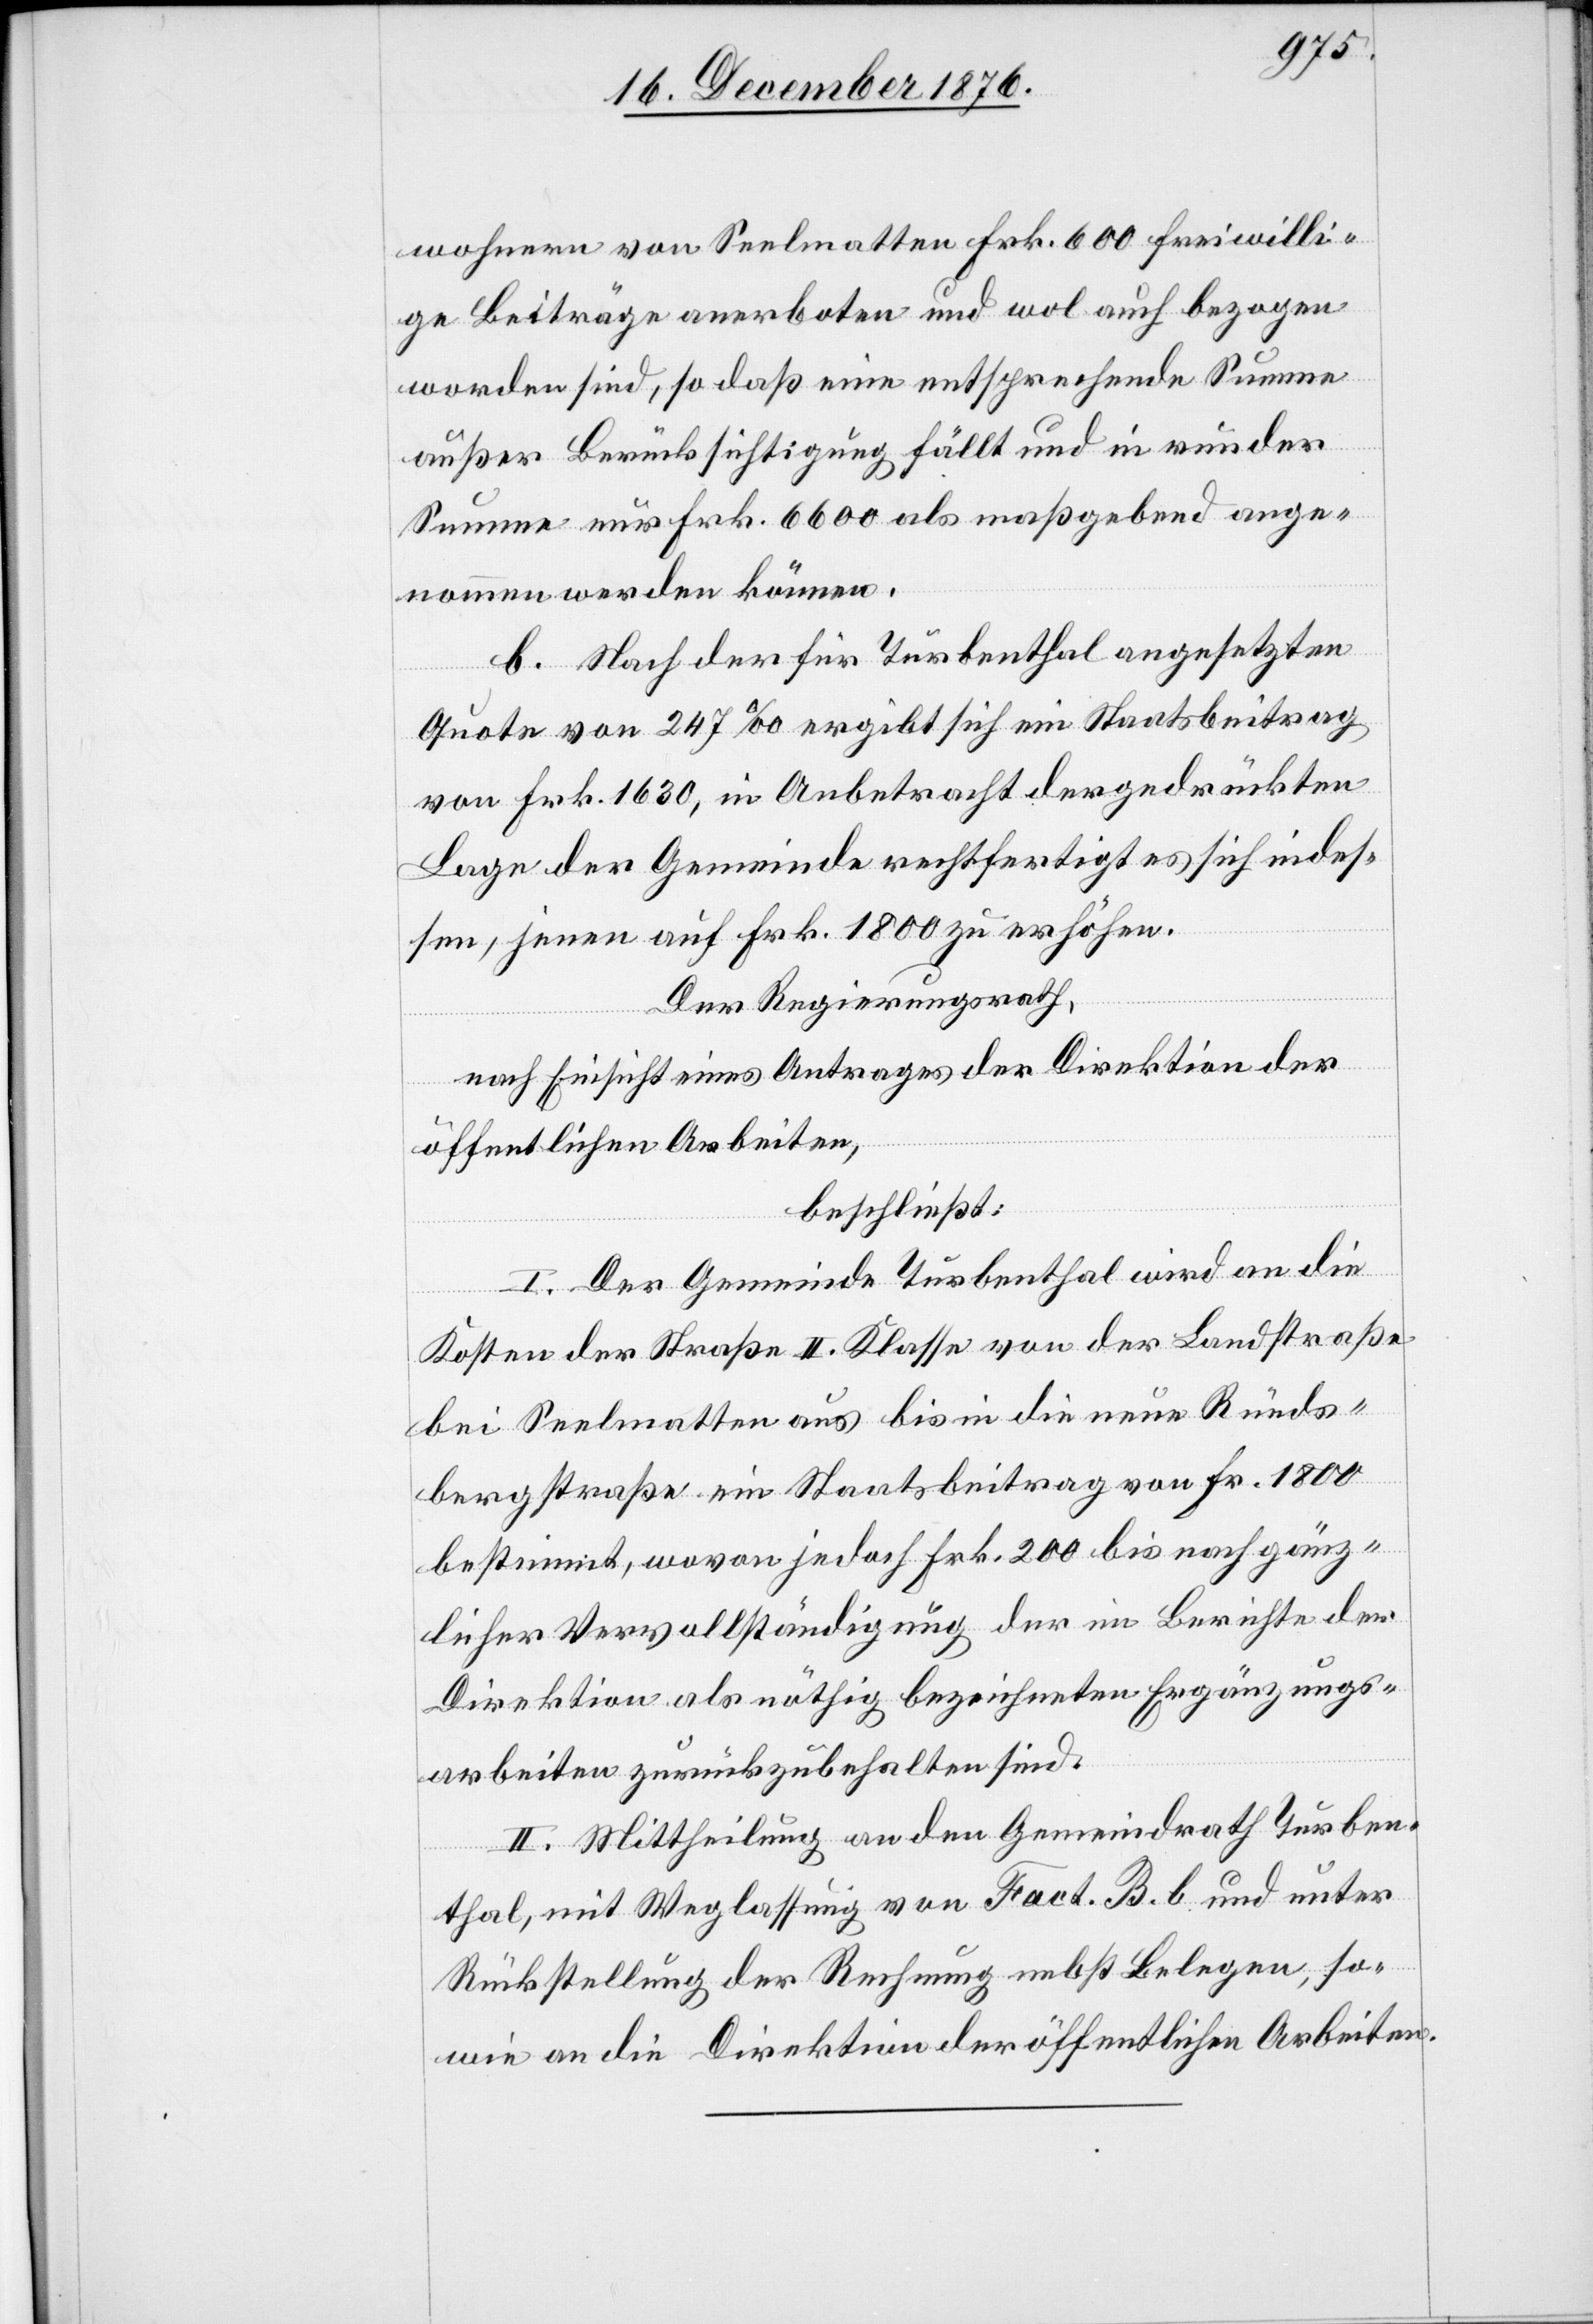
wohnern von Seelmatten Frk. 600 freiwilli¬
ge Beiträge anerboten und wol auch bezogen
worden sind, so daß eine entsprechende Summe
außer Berücksichtigung fällt und in runder
Summe nur Frk. 6600 als maßgebend ange¬
nommen werden können.
C. Nach der für Turbenthal angesetzten
Quote von 247‰ ergibt sich ein Staatsbeitrag
von Frk. 1630, in Anbetracht der gedrückten
Lage der Gemeinde rechtfertigt es sich indes¬
sen, jenen auf Frk. 1800 zu erhöhen.
Der Regierungsrath,
nach Einsicht eines Antrages der Direktion der
öffentlichen Arbeiten,
beschließt:
I. Der Gemeinde Turbenthal wird an die
Kosten der Straße II. Klasse von der Landstraße
bei Seelmatten aus bis in die neue Rüeds¬
bergstraße ein Staatsbeitrag von Fr. 1800
bestimmt, wovon jedoch Frk. 200 bis nach gänz¬
licher Vervollständigung der im Berichte der
Direktion als nöthig bezeichneten Ergänzungs¬
arbeiten zurückzubehalten sind.
II. Mittheilung an den Gemeindrath Turben¬
thal, mit Weglassung von Fact. B. b. und unter
Rückstellung der Rechnung nebst Belegen, so¬
wie an die Direktion der öffentlichen Arbeiten.